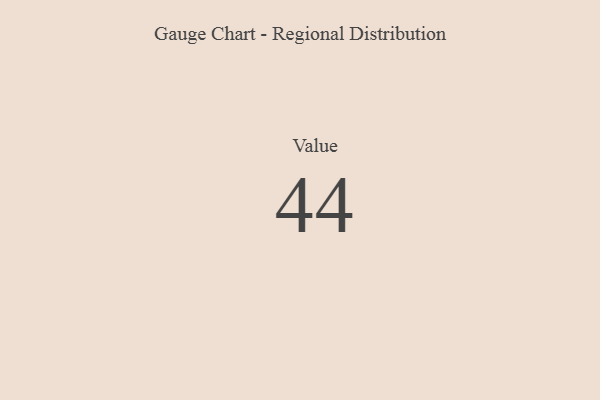
{"axis": {"x": "Metric", "y": "Value"}, "legend": [""], "data": [{"x": "Value", "y": 44, "type": ""}]}